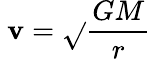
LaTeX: \ \mathbf{v}={\sqrt{}{{{\frac{{GM}}{{r}}}\ }}}